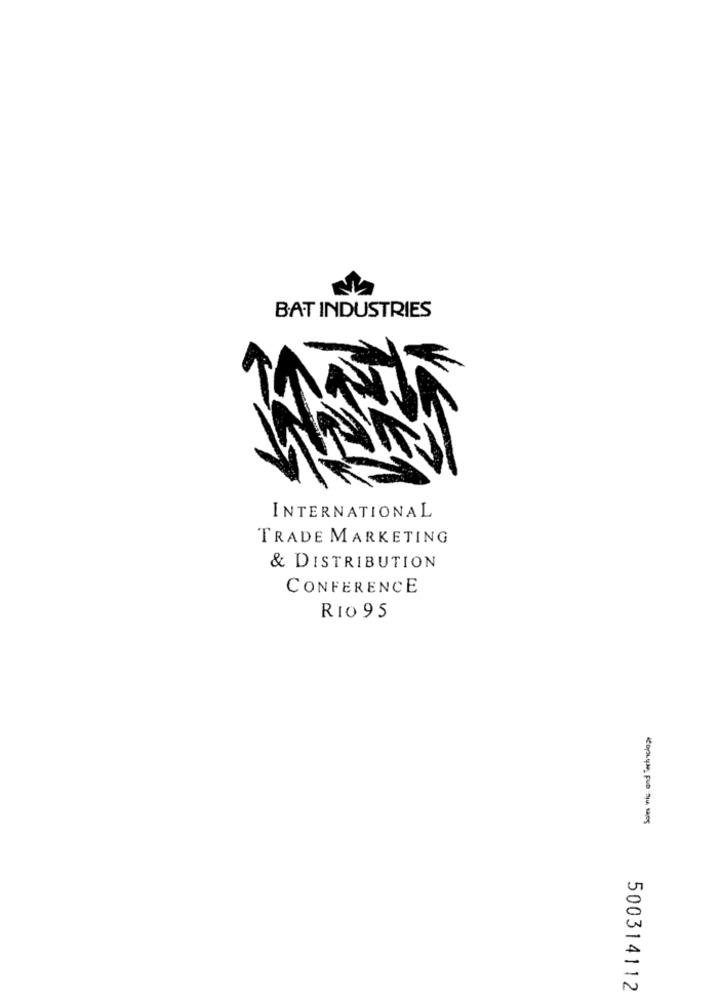
BAT INDUSTRIES
INTERNATIONAL
TRADE MARKETING
& DISTRIBUTION
CONFERENCE
RIO 95
Sales nic and Technology
500314112